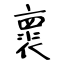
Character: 褱